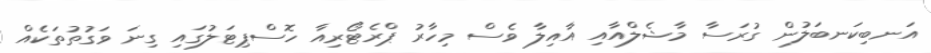
އަނބިކަނބަލުން ގުރަސާ މާޝެލްއާއި އާއިލާ ވެސް މިހާރު ޕްރެޓޯރިއާ ހޮސްޕިޓަލުގައި ގިނަ ވަގުތުތަކެއް